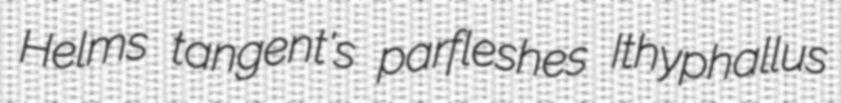
Helms tangent's parfleshes Ithyphallus